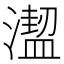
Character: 𣿣